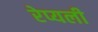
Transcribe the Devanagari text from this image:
रेप्यली